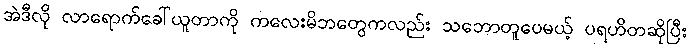
အဲဒီလို လာရောက်ခေါ်ယူတာကို ကလေးမိဘတွေကလည်း သဘောတူပေမယ့် ပရဟိတဆိုပြီး